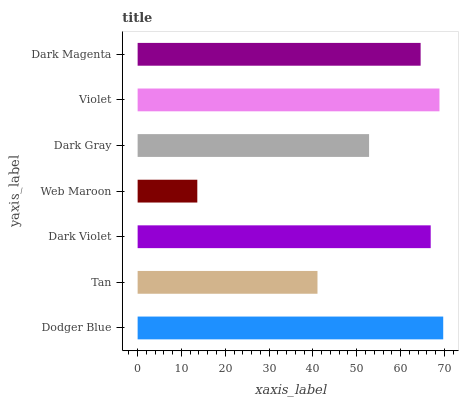
| yaxis_label | bars |
 | --- | --- |
 | Dodger Blue | 69.7 |
 | Tan | 41 |
 | Dark Violet | 66.9 |
 | Web Maroon | 13.6 |
 | Dark Gray | 52.8 |
 | Violet | 68.9 |
 | Dark Magenta | 64.6 |